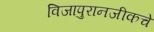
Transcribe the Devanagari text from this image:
विजापुरानजीकचे